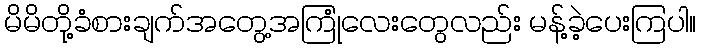
မိမိတို့ခံစားချက်အတွေ့အကြုံလေးတွေလည်း မန့်ခဲ့ပေးကြပါ။